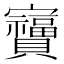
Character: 𫴩